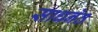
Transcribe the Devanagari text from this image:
साधनेत